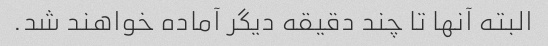
البته آنها تا چند دقیقه دیگر آماده خواهند شد.